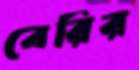
বেরির